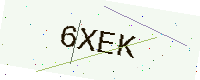
Text: 6XEK